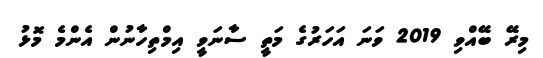
މިރޭ ބޭއްވި 2019 ވަނަ އަހަރުގެ މަތީ ސާނަވީ އިމްތިހާނުން އެންމެ މޮޅު